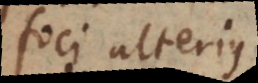
foci alterius